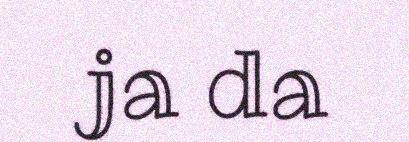
ja da